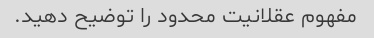
مفهوم عقلانیت محدود را توضیح دهید.